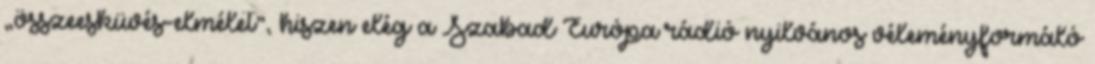
„összeesküvés-elmélet”, hiszen elég a Szabad Európa rádió nyilvános véleményformáló